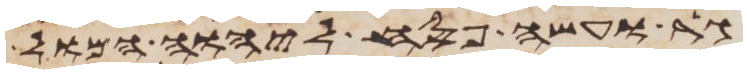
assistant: גר ועשה פסח ליהוה המול